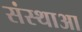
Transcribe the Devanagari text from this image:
संस्थाआ